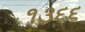
૧૩૬૬